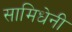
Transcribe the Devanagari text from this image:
सामिधेनी